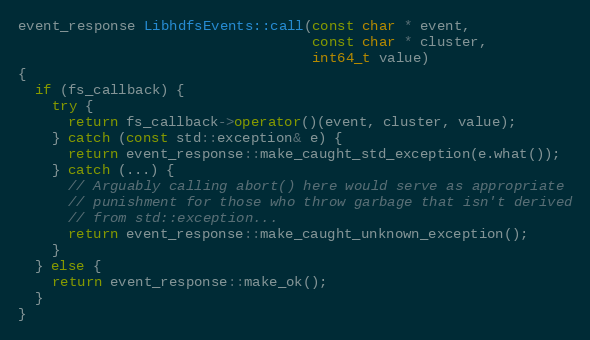
Language: C++
event_response LibhdfsEvents::call(const char * event,
                                   const char * cluster,
                                   int64_t value)
{
  if (fs_callback) {
    try {
      return fs_callback->operator()(event, cluster, value);
    } catch (const std::exception& e) {
      return event_response::make_caught_std_exception(e.what());
    } catch (...) {
      // Arguably calling abort() here would serve as appropriate
      // punishment for those who throw garbage that isn't derived
      // from std::exception...
      return event_response::make_caught_unknown_exception();
    }
  } else {
    return event_response::make_ok();
  }
}